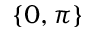
\{ 0 , \pi \}